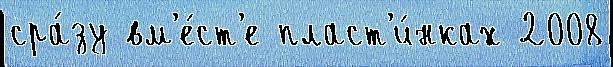
сра́зу вм'е́ст'е пласт'и́нках 2008